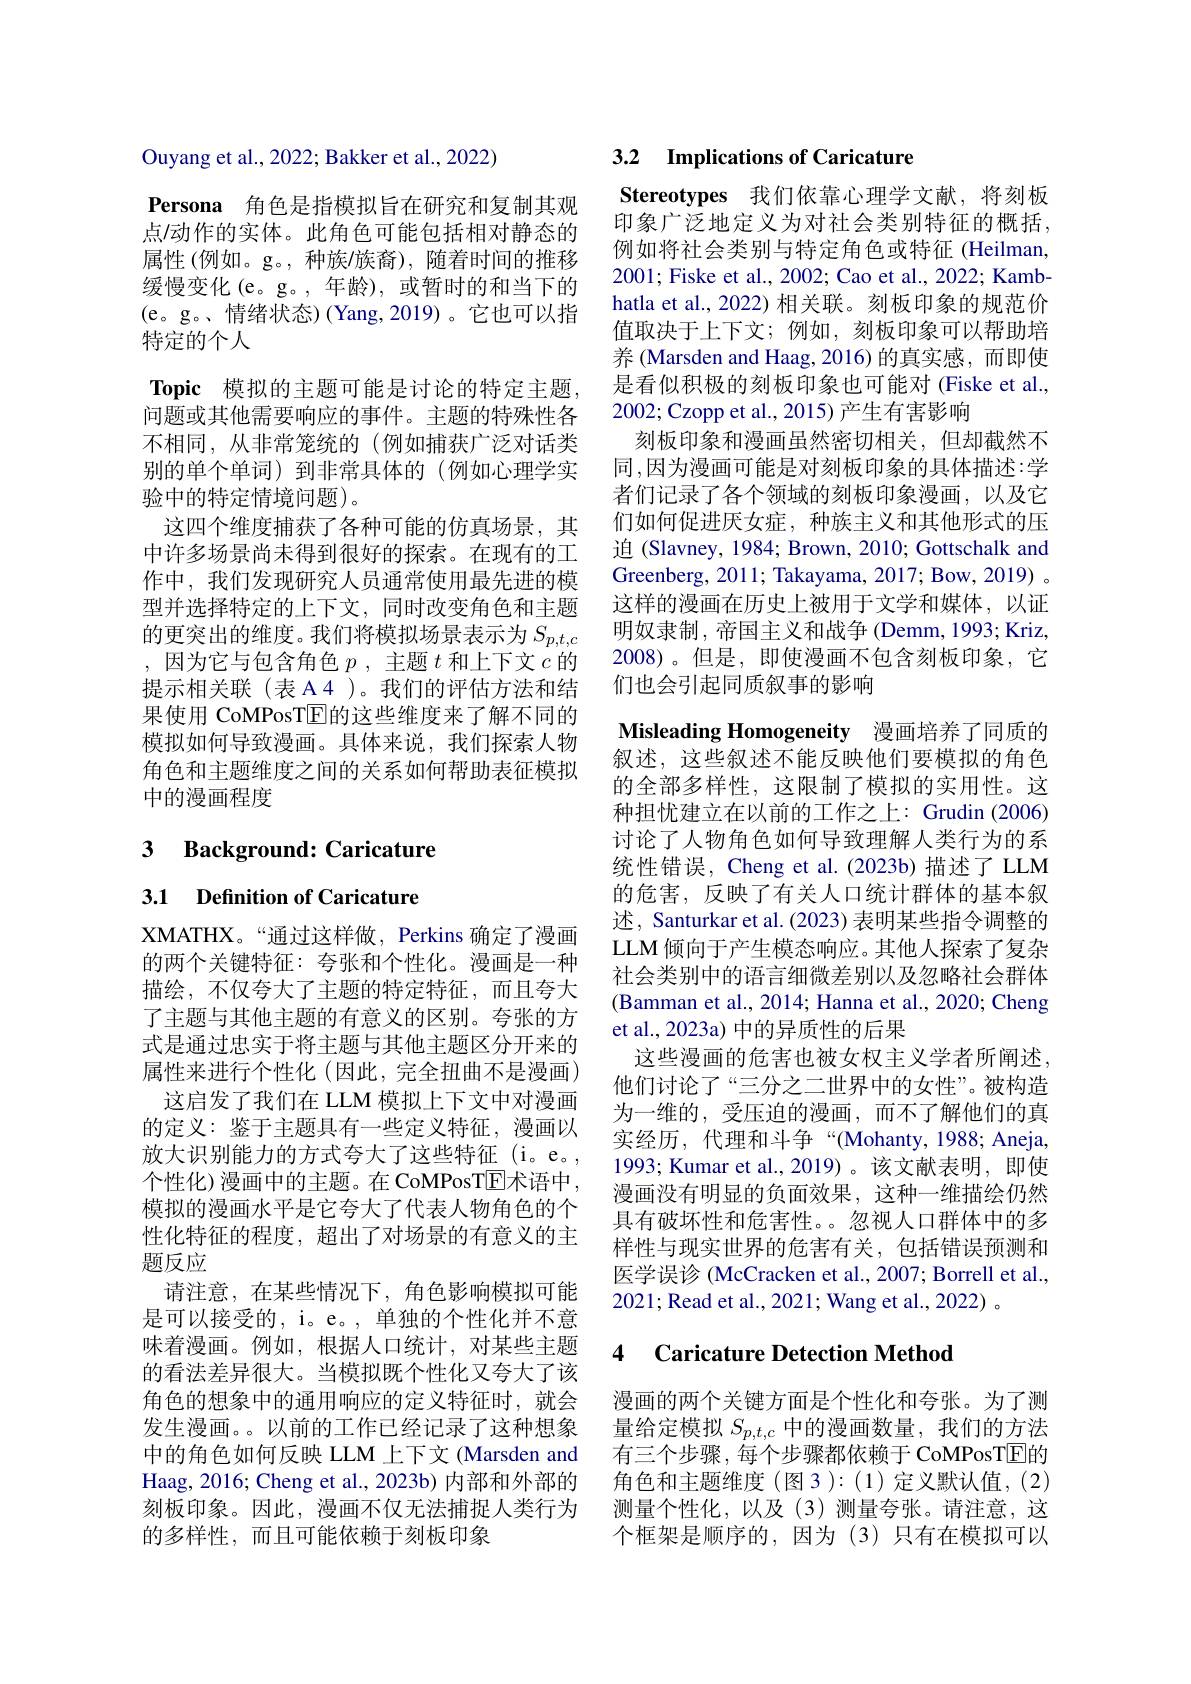
Ouyang et al., 2022; Bakker et al., 2022)

Persona 角色是指模拟旨在研究和复制其观点/动作的实体。此角色可能包括相对静态的属性(例如。g。,种族/族裔),随着时间的推移缓慢变化(e。g。,年龄),或暂时的和当下的(e。g。、情绪状态)(Yang,2019)。它也可以指特定的个人
$\textbf{Topic 模 拟 的 主 题 可 能 是 讨 论 的 特 定 主 题 }$, 问题或其他需要响应的事件。主题的特殊性各不相同，从非常笼统的(例如捕获广泛对话类别的单个单词) 到非常具体的(例如心理学实验中的特定情境问题)。
这四个维度捕获了各种可能的仿真场景，其中许多场景尚未得到很好的探索。在现有的工作中，我们发现研究人员通常使用最先进的模型并选择特定的上下文，同时改变角色和主题的更突出的维度。我们将模拟场景表示为$S_{p,t,c}$ ,因为它与包含角色$p$,主题$t$和上下文$c$的提示相关联(表 A4 )。我们的评估方法和结果使用 CoMPosT$\overline{\mathrm{E}}$的这些维度来了解不同的模拟如何导致漫画。具体来说，我们探索人物角色和主题维度之间的关系如何帮助表征模拟中的漫画程度

3 $\textbf{Background: Caricature}$

3.1 Definition of Caricature

XMATHX。“通过这样做，Perkins 确定了漫画的两个关键特征：夸张和个性化。漫画是一种描绘，不仅夸大了主题的特定特征，而且夸大了主题与其他主题的有意义的区别。夸张的方式是通过忠实于将主题与其他主题区分开来的属性来进行个性化(因此，完全扭曲不是漫画)
这启发了我们在 LLM 模拟上下文中对漫画的定义：鉴于主题具有一些定义特征，漫画以放大识别能力的方式夸大了这些特征 (i。e。, 个性化)漫画中的主题。在 CoMPosTE术语中， 模拟的漫画水平是它夸大了代表人物角色的个性化特征的程度，超出了对场景的有意义的主题反应
请注意，在某些情况下，角色影响模拟可能是可以接受的，i。e。, 单独的个性化并不意味着漫画。例如，根据人口统计，对某些主题的看法差异很大。当模拟既个性化又夸大了该角色的想象中的通用响应的定义特征时，就会发生漫画。以前的工作已经记录了这种想象中的角色如何反映 LLM 上下文 (Marsden and Haag, 2016; Cheng et al., 2023b) 内部和外部的刻板印象。因此，漫画不仅无法捕捉人类行为的多样性，而且可能依赖于刻板印象

## 3.2 $\textbf{Implications of Caricature}$

Stereotypes 我们依靠心理学文献，将刻板印象广泛地定义为对社会类别特征的概括， 例如将社会类别与特定角色或特征 (Heilman, 2001; Fiske et al., 2002; Cao et al., 2022; Kambhatla et al., 2022) 相关联。刻板印象的规范价值取决于上下文；例如，刻板印象可以帮助培养 (Marsden and Haag,2016)的真实感，而即使是看似积极的刻板印象也可能对 (Fiske et al., 2002; Czopp et al., 2015) 产生有害影响
刻板印象和漫画虽然密切相关，但却截然不同，因为漫画可能是对刻板印象的具体描述：学者们记录了各个领域的刻板印象漫画，以及它们如何促进厌女症，种族主义和其他形式的压迫 (Slavney, 1984; Brown, 2010; Gottschalk and Greenberg, 2011; Takayama, 2017; Bow, 2019) 。这样的漫画在历史上被用于文学和媒体，以证明奴隶制，帝国主义和战争 (Demm, 1993; Kriz, 2008)。但是，即使漫画不包含刻板印象，它们也会引起同质叙事的影响

Misleading Homogeneity 漫画培养了同质的

叙述，这些叙述不能反映他们要模拟的角色的全部多样性，这限制了模拟的实用性。这种担忧建立在以前的工作之上：Grudin (2006) 讨论了人物角色如何导致理解人类行为的系统性错误，Cheng et al.(2023b)描述了LLM 的危害，反映了有关人口统计群体的基本叙述，Santurkar et al. (2023) 表明某些指令调整的LLM 倾向于产生模态响应。其他人探索了复杂社会类别中的语言细微差别以及忽略社会群体(Bamman et al., 2014; Hanna et al., 2020; Cheng et al., 2023a) 中的异质性的后果
这些漫画的危害也被女权主义学者所阐述， 他们讨论了“三分之二世界中的女性”。被构造为一维的，受压迫的漫画，而不了解他们的真实经历，代理和斗争“(Mohanty,1988; Aneja, 1993; Kumar et al.,2019)。该文献表明，即使漫画没有明显的负面效果，这种一维描绘仍然具有破坏性和危害性。忽视人口群体中的多样性与现实世界的危害有关，包括错误预测和医学误诊 (McCracken et al., 2007; Borrell et al., 2021; Read et al., 2021; Wang et al., 2022) 。

## 4 Caricature Detection Method

漫画的两个关键方面是个性化和夸张。为了测量给定模拟$S_p,t,c$中的漫画数量，我们的方法有三个步骤，每个步骤都依赖于 CoMPosTE的角色和主题维度(图3):(1)定义默认值，(2) 测量个性化，以及(3)测量夸张。请注意，这个框架是顺序的，因为(3)只有在模拟可以